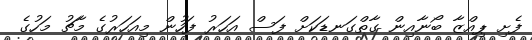
ފެށި ޕިއްޒާ ބޯނާއިން ގާތްގަނޑަކަށް ފަސް އަހަރު ފަހުން މިއަހަރުގެ މާޗު މަހުގެ